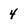
Character: 4